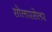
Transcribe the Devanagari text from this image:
सोलारसेलर